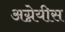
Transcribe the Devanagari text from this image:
अग्नेयीस